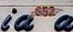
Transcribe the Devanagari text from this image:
मेंभारत